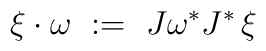
\xi \cdot \omega \ := \ J\omega^*J^*\,\xi